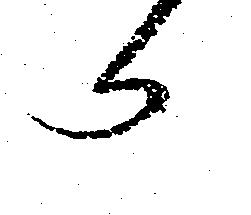
へ